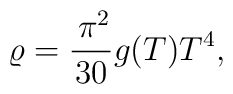
\varrho=\frac{\,\pi^2}{30}g(T)T^4,